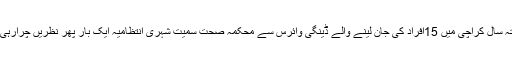
گزشتہ سال کراچی میں 15افراد کی جان لینے والے ڈینگی وائرس سے محکمہ صحت سمیت شہری انتظامیہ ایک بار پھر نظریں چرارہی ہے۔